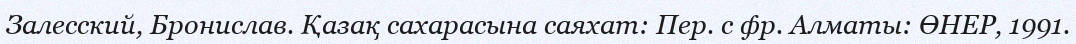
Залесский, Бронислав. Қазақ сахарасына саяхат: Пер. с фр. Алматы: ӨНЕР, 1991.